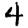
Digit: 4